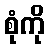
စုံကို